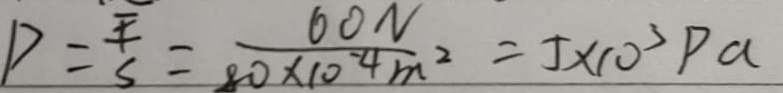
P = \frac { F } { S } = \frac { 6 0 N } { 8 0 \times 1 0 ^ { - 4 } m ^ { 2 } } = 5 \times 1 0 ^ { 3 } P a